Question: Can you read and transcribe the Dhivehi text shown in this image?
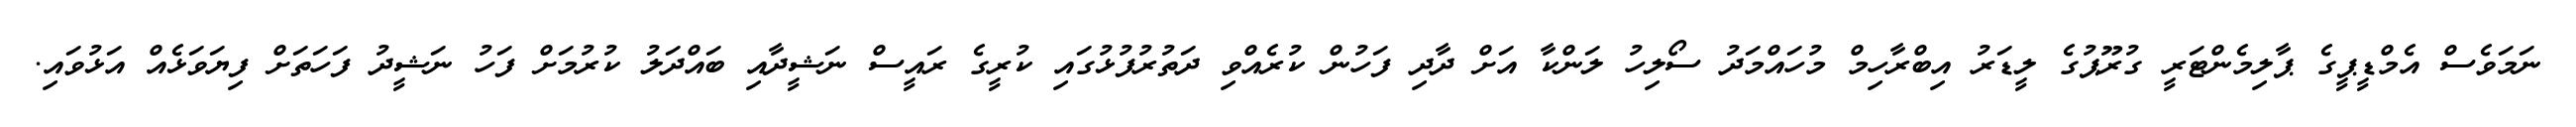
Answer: ނަމަވެސް އެމްޑީޕީގެ ޕާލިމެންޓަރީ ގުރޫޕުގެ ލީޑަރު އިބްރާހިމް މުހައްމަދު ސޯލިހު ލަންކާ އަށް ދާދި ފަހުން ކުރެއްވި ދަތުރުފުޅުގައި ކުރީގެ ރައީސް ނަޝީދާއި ބައްދަލު ކުރުމަށް ފަހު ނަޝީދު ފަހަތަށް ފިޔަވަޅެއް އަޅުވައި.